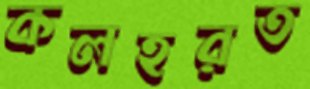
কলহরত